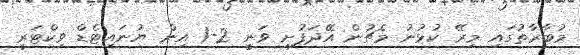
މުބާރާތުގައި މިރޭ ކުޅުނު މެޗުން އޭދަފުށި ވަނީ 2-1 އިން ޔުނައިޓެޑް ވިކްޓަރީ